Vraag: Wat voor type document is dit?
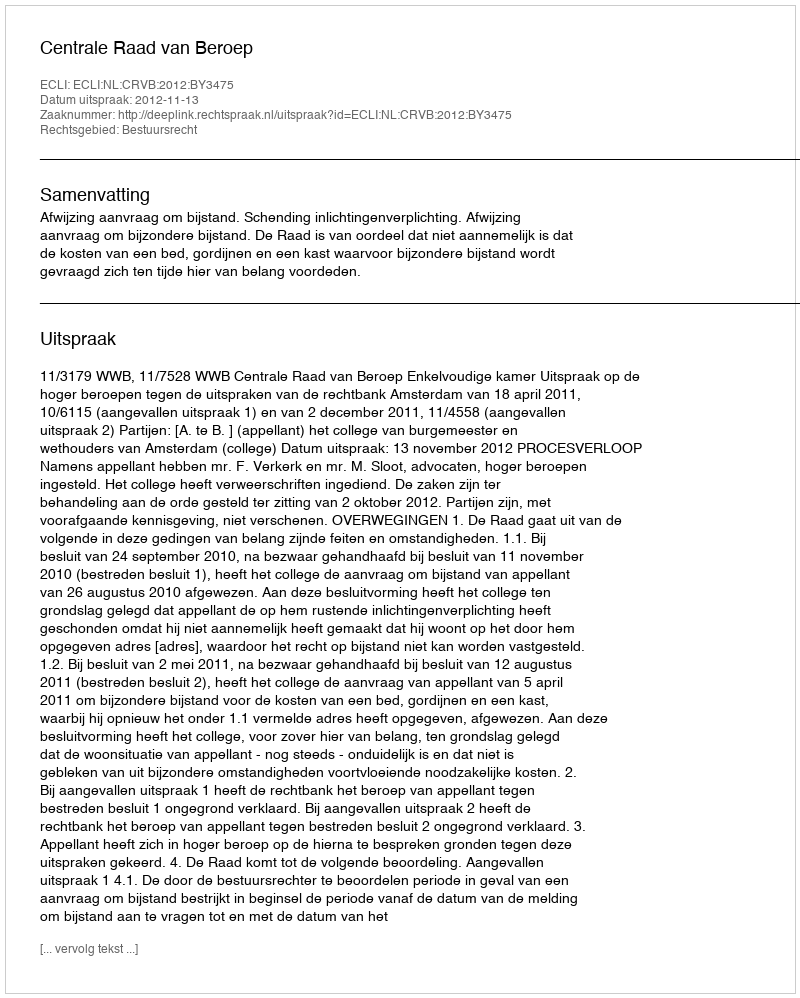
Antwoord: Uitspraak